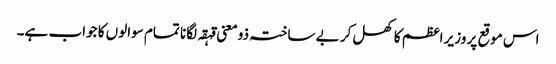
اس موقع پر وزیر اعظم کا کھل کر بے ساختہ ذومعنی قہقہ لگانا تمام سوالوں کا جواب ہے۔